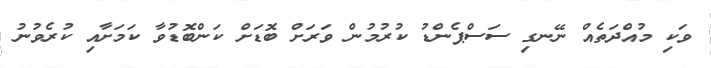
ވަކި މުއްދަތެއް ނޭނގި ސަސްޕެންޑު ކުރުމުން ވަރަށް ބޮޑަށް ކަންބޮޑުވާ ކަމަށާއި ކުރެވުނު